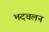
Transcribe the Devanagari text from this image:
भदचलन